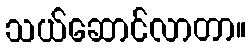
သယ်ဆောင်လာတာ။